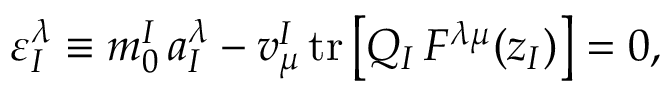
\varepsilon _ { I } ^ { \lambda } \equiv m _ { 0 } ^ { I } \, a _ { I } ^ { \lambda } - v _ { \mu } ^ { I } \, \mathrm { t r } \, \bigl [ Q _ { I } \, F ^ { \lambda \mu } ( z _ { I } ) \bigr ] = 0 ,